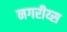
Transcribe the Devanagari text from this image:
नगरीय्स